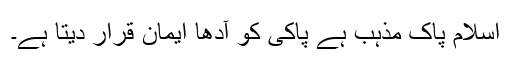
اسلام پاک مذہب ہے پاکی کو آدھا ایمان قرار دیتا ہے۔